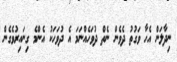
ނިދާލަން އެހާ ވަގުތު ދެވެން ނެތް ދުވަހެއްނަމަ އެ ދުވަހަކު އެންމެ ގިނައިރުވެގެން